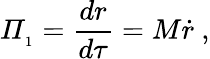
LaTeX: {\mit\Pi}_{_1}={\frac{dr}{d\tau}}=M\dot{r}\ ,